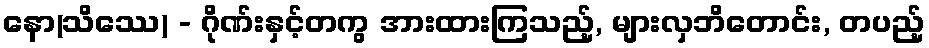
နော(သိဿေ) - ဂိုဏ်းနှင့်တကွ အားထားကြသည့်, များလှဘိတောင်း, တပည့်